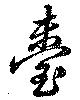
台